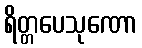
ရိတ္တပေသုဏော